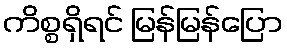
ကိစ္စရှိရင် မြန်မြန်ပြော